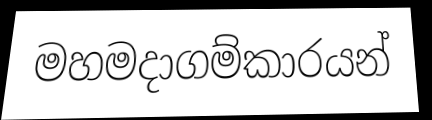
මහමදාගම්කාරයන්